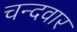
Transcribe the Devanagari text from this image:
चन्दवार